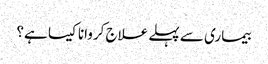
بیماری سے پہلے علاج کروانا کیسا ہے؟